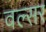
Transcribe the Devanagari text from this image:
वल्सर